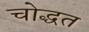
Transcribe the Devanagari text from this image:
चोद्धत